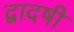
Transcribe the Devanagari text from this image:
द्वादषी